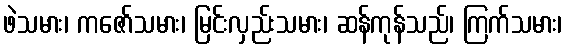
ဖဲသမား၊ ကဇော်သမား၊ မြင်းလှည်းသမား၊ ဆန်ကုန်သည်၊ ကြက်သမား၊